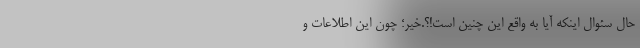
حال سئوال اینکه آیا به واقع این چنین است!؟.خیر؛ چون این اطلاعات و